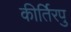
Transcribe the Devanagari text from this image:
कीर्तिरपु